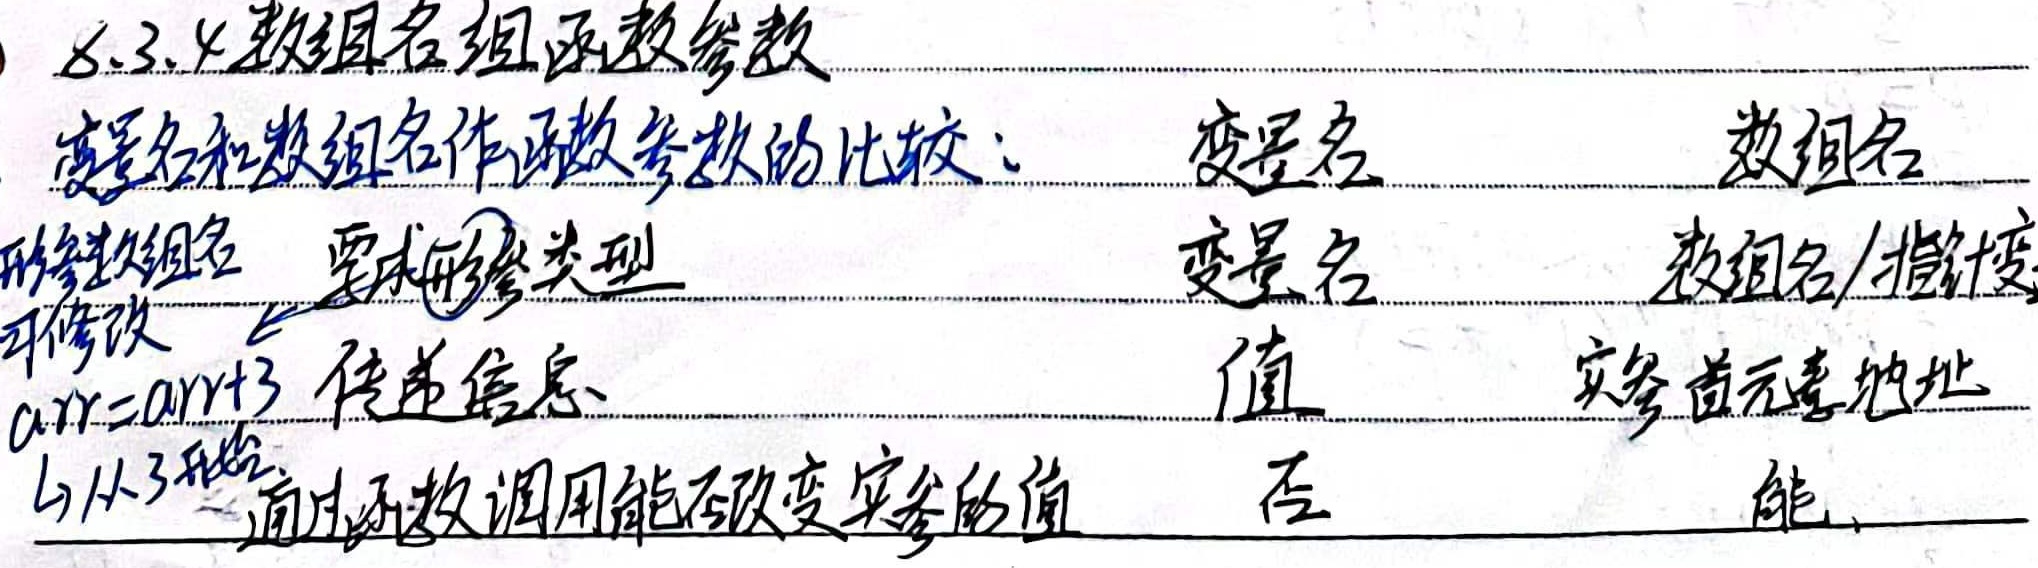
8.3.4 数组名组函数参数变量名和数组名作函数参数的比较：
变量名  数组名
形参数组名 要求形参类型可修改，`arr = arr + 3`
传递信息：
(1) 从3开始通过函数调用能否改变实参的值
否  能
变量名  值
数组名/指针变实参首元素地址